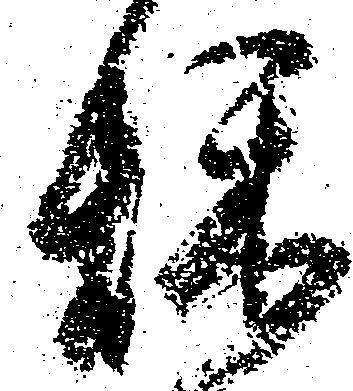
秋